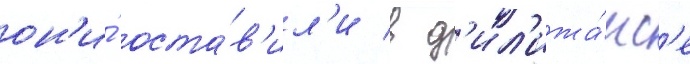
он'и́ оста́в'ил'и в д'ил'ижа́нс'е